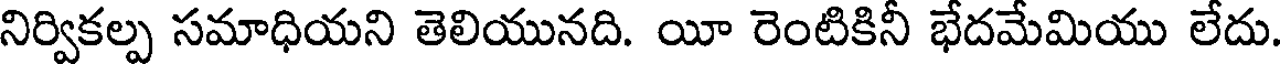
నిర్వికల్ప సమాధియని తెలియునది. యీ రెంటికినీ భేదమేమియు లేదు.